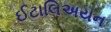
ઈટાલિઅયન